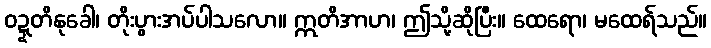
ဝဍ္ဍတိနုခေါ၊ တိုးပွားအပ်ပါသလော။ ဣတိအာဟ၊ ဤသို့ဆိုပြီး။ ထေရော၊ မထေရ်သည်။